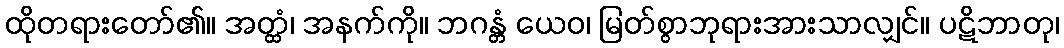
ထိုတရားတော်၏။ အတ္ထံ၊ အနက်ကို။ ဘဂန္တံ ယေဝ၊ မြတ်စွာဘုရားအားသာလျှင်။ ပဋိဘာတု၊